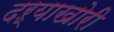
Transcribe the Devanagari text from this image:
दऱ्याखोरी